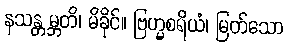
နသန္တမ္ဘတိ၊ မိခိုင်။ ဗြဟ္မစရိယံ၊ မြတ်သော